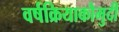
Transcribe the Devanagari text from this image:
वर्षक्रियाकौमुदी